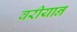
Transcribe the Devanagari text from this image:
वरीयान